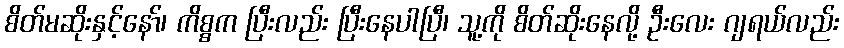
စိတ်မဆိုးနှင့်နော်၊ ကိစ္စက ပြီးလည်း ပြီးနေပါပြီ၊ သူ့ကို စိတ်ဆိုးနေလို့ ဦးလေး ဂျရယ်လည်း